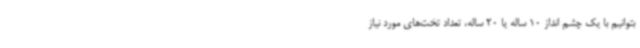
بتوانیم با یک چشم انداز 10 ساله یا 20 ساله، تعداد تخت‌های مورد نیاز